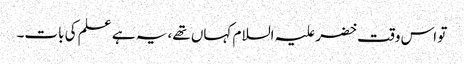
تو اس وقت خضر علیہ السلام کہاں تھے، یہ ہے علم کی بات۔